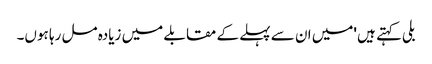
بلی کہتے ہیں 'میں ان سے پہلے کے مقابلے میں زیادہ مل رہا ہوں۔